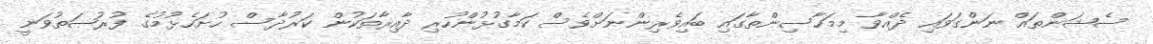
ސެޝަންތައް ނަންގަވައި ދެއްވާ މިމަހާސިންތާގައި ބައިވެރިންނަށްވެސް ކަމާގުޅުންހުރި ދާއިރާތަކުން ކަރުދާސް ހުށަހެޅުމުގެ ފުރުޞަތުވަނީ